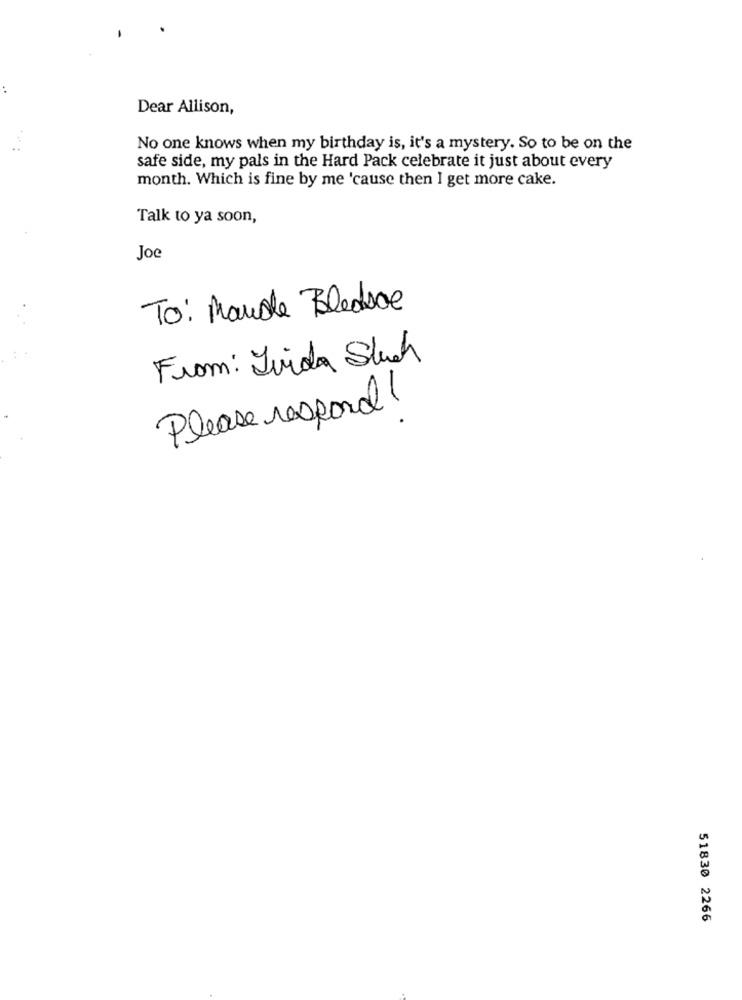
Dear Allison,
No one knows when my birthday is, it's a mystery. So to be on the
safe side, my pals in the Hard Pack celebrate it just about every
month. Which is fine by me 'cause then I get more cake.
Talk to ya soon,
Joe
To: Mandle Bledsoe
From: Ivida Stuch
Please respond !
51830 2266